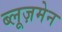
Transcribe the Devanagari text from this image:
ब्लूज़मेन